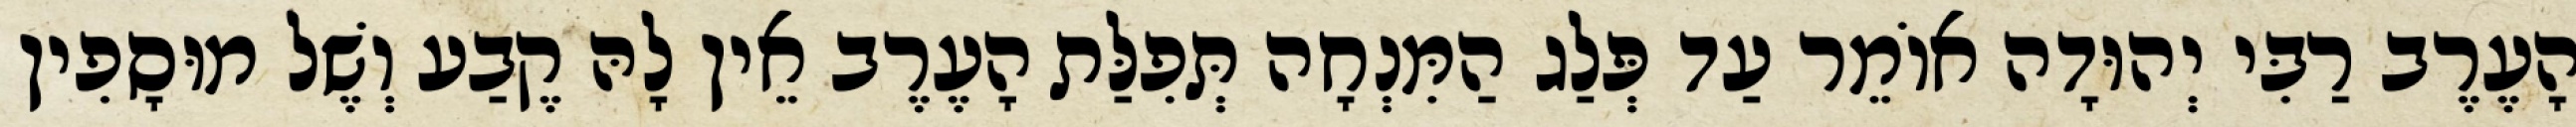
הָעֶרֶב רַבִּי יְהוּדָה אוֹמֵר עַד פְּלַג הַמִּנְחָה תְּפִלַּת הָעֶרֶב אֵין לָהּ קֶבַע וְשֶׁל מוּסָפִין